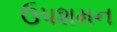
ઉપશમન